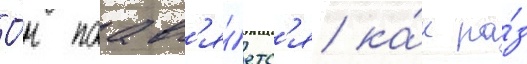
О́н поавл'я́етс'я ка́к ра́з